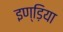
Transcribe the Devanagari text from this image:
इण्ड़िया